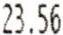
23.56